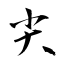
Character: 尖